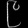
Digit: ၉